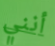
أنني